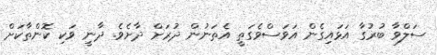
ސަލްވާ ބުރުގާ އަޅައިގެން އަވަސްވެގަތީ އެތަނުން ދުރަށް ދާށެވެ. ދާނީ ވަކި ކޮންތާކަށް